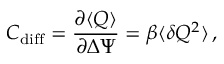
C _ { \mathrm { d i f f } } = \frac { \partial \langle Q \rangle } { \partial \Delta \Psi } = \beta \langle \delta Q ^ { 2 } \rangle \, ,